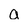
Character: a